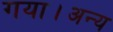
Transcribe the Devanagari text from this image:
गया।अन्य